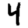
Digit: 4